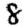
Digit: 8